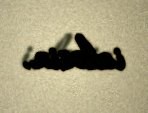
izləsin.